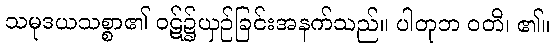
သမုဒယသစ္စာ၏ ဝဋ်၌ယှဉ်ခြင်းအနက်သည်။ ပါတုဘ ဝတိ၊ ၏။